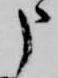
申